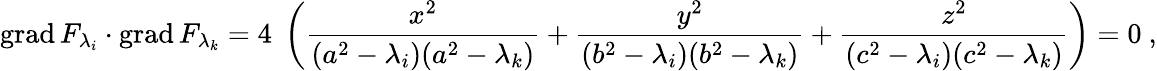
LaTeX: \operatorname{grad}F_{\lambda_{i}}\cdot\operatorname{grad}F_{\lambda_{k}}=4\; \left({\frac{x^{2}}{(a^{2}-\lambda_{i})(a^{2}-\lambda_{k})}}+{\frac{y^{2}}{(b^{2}-\lambda_{i})(b^{2}-\lambda_{k})}}+{\frac{z^{2}}{(c^{2}-\lambda_{i})(c^{2}-\lambda_{k})}}\right)=0\ ,